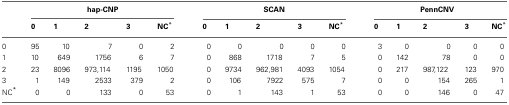
<table><thead><tr><td></td><td colspan="5"><b>hap-CNP</b></td><td colspan="5"><b>SCAN</b></td><td colspan="5"><b>PennCNV</b></td></tr><tr><td></td><td><b>0</b></td><td><b>1</b></td><td><b>2</b></td><td><b>3</b></td><td><b>NC<sup>*</sup></b></td><td></td><td><b>0</b></td><td><b>1</b></td><td><b>2</b></td><td><b>3</b></td><td><b>NC<sup>*</sup></b></td><td></td><td><b>0</b></td><td><b>1</b></td><td><b>2</b></td><td><b>3</b></td><td><b>NC<sup>*</sup></b></td></tr></thead><tbody><tr><td>0</td><td>95</td><td>10</td><td>7</td><td>0</td><td>2</td><td>0</td><td>0</td><td>0</td><td>0</td><td>0</td><td>3</td><td>0</td><td>0</td><td>0</td><td>0</td></tr><tr><td>1</td><td>10</td><td>649</td><td>1756</td><td>6</td><td>7</td><td>0</td><td>868</td><td>1718</td><td>7</td><td>5</td><td>0</td><td>142</td><td>78</td><td>0</td><td>0</td></tr><tr><td>2</td><td>23</td><td>8096</td><td>973,114</td><td>1195</td><td>1050</td><td>0</td><td>9734</td><td>962,981</td><td>4093</td><td>1054</td><td>0</td><td>217</td><td>987,122</td><td>123</td><td>970</td></tr><tr><td>3</td><td>1</td><td>149</td><td>2533</td><td>379</td><td>2</td><td>0</td><td>106</td><td>7922</td><td>575</td><td>7</td><td>0</td><td>0</td><td>154</td><td>265</td><td>1</td></tr><tr><td>NC<sup>*</sup></td><td>0</td><td>0</td><td>133</td><td>0</td><td>53</td><td>0</td><td>1</td><td>143</td><td>1</td><td>53</td><td>0</td><td>0</td><td>146</td><td>0</td><td>47</td></tr></tbody></table>